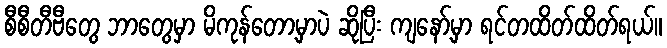
စီစီတီဗီတွေ ဘာတွေမှာ မိကုန်တော့မှာပဲ ဆိုပြီး ကျနော့်မှာ ရင်တထိတ်ထိတ်ရယ်။